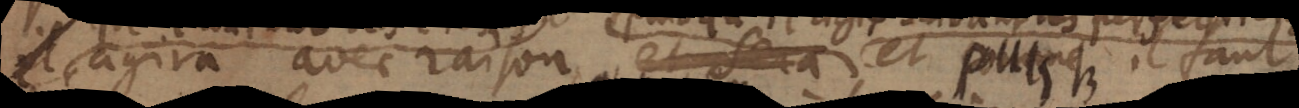
il agira avec raison et sera et puisqu’il faut